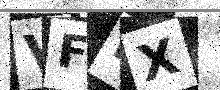
Text: VFNX